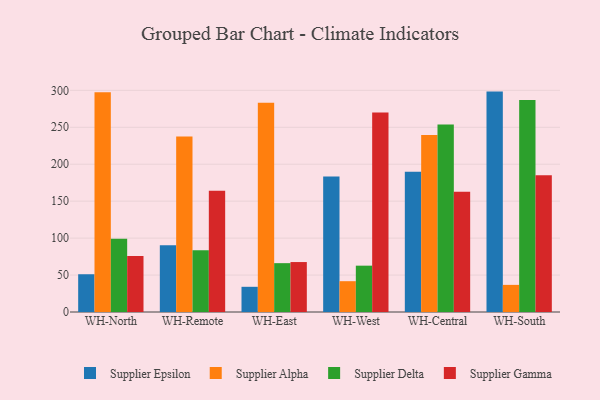
{"axis": {"x": "Warehouse", "y": "Headcount"}, "legend": ["Supplier Alpha", "Supplier Delta", "Supplier Epsilon", "Supplier Gamma"], "data": [{"x": "WH-North", "y": 51.1, "type": "Supplier Epsilon"}, {"x": "WH-North", "y": 297.5, "type": "Supplier Alpha"}, {"x": "WH-North", "y": 99.2, "type": "Supplier Delta"}, {"x": "WH-North", "y": 75.9, "type": "Supplier Gamma"}, {"x": "WH-Remote", "y": 90.3, "type": "Supplier Epsilon"}, {"x": "WH-Remote", "y": 237.4, "type": "Supplier Alpha"}, {"x": "WH-Remote", "y": 83.5, "type": "Supplier Delta"}, {"x": "WH-Remote", "y": 164.2, "type": "Supplier Gamma"}, {"x": "WH-East", "y": 34.1, "type": "Supplier Epsilon"}, {"x": "WH-East", "y": 283.1, "type": "Supplier Alpha"}, {"x": "WH-East", "y": 66.1, "type": "Supplier Delta"}, {"x": "WH-East", "y": 67.6, "type": "Supplier Gamma"}, {"x": "WH-West", "y": 183.4, "type": "Supplier Epsilon"}, {"x": "WH-West", "y": 41.7, "type": "Supplier Alpha"}, {"x": "WH-West", "y": 62.7, "type": "Supplier Delta"}, {"x": "WH-West", "y": 270.0, "type": "Supplier Gamma"}, {"x": "WH-Central", "y": 189.8, "type": "Supplier Epsilon"}, {"x": "WH-Central", "y": 239.6, "type": "Supplier Alpha"}, {"x": "WH-Central", "y": 253.9, "type": "Supplier Delta"}, {"x": "WH-Central", "y": 162.6, "type": "Supplier Gamma"}, {"x": "WH-South", "y": 298.3, "type": "Supplier Epsilon"}, {"x": "WH-South", "y": 36.7, "type": "Supplier Alpha"}, {"x": "WH-South", "y": 287.1, "type": "Supplier Delta"}, {"x": "WH-South", "y": 185.0, "type": "Supplier Gamma"}]}